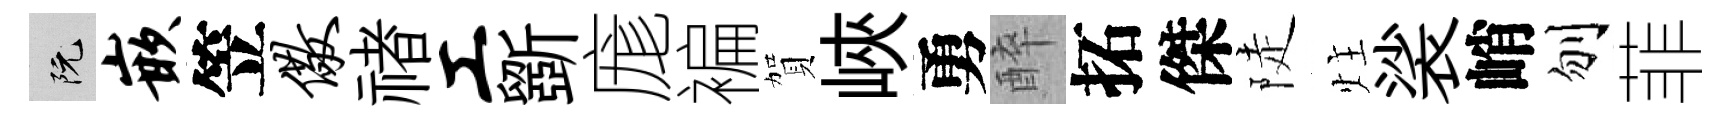
阮嵌笠儆禇工斵庬褊賀峽勇醉拓傑陡炷裟峭刎菲